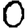
Digit: 0